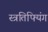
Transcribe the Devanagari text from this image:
स्त्रतिफ्यिंग